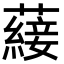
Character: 𮒕